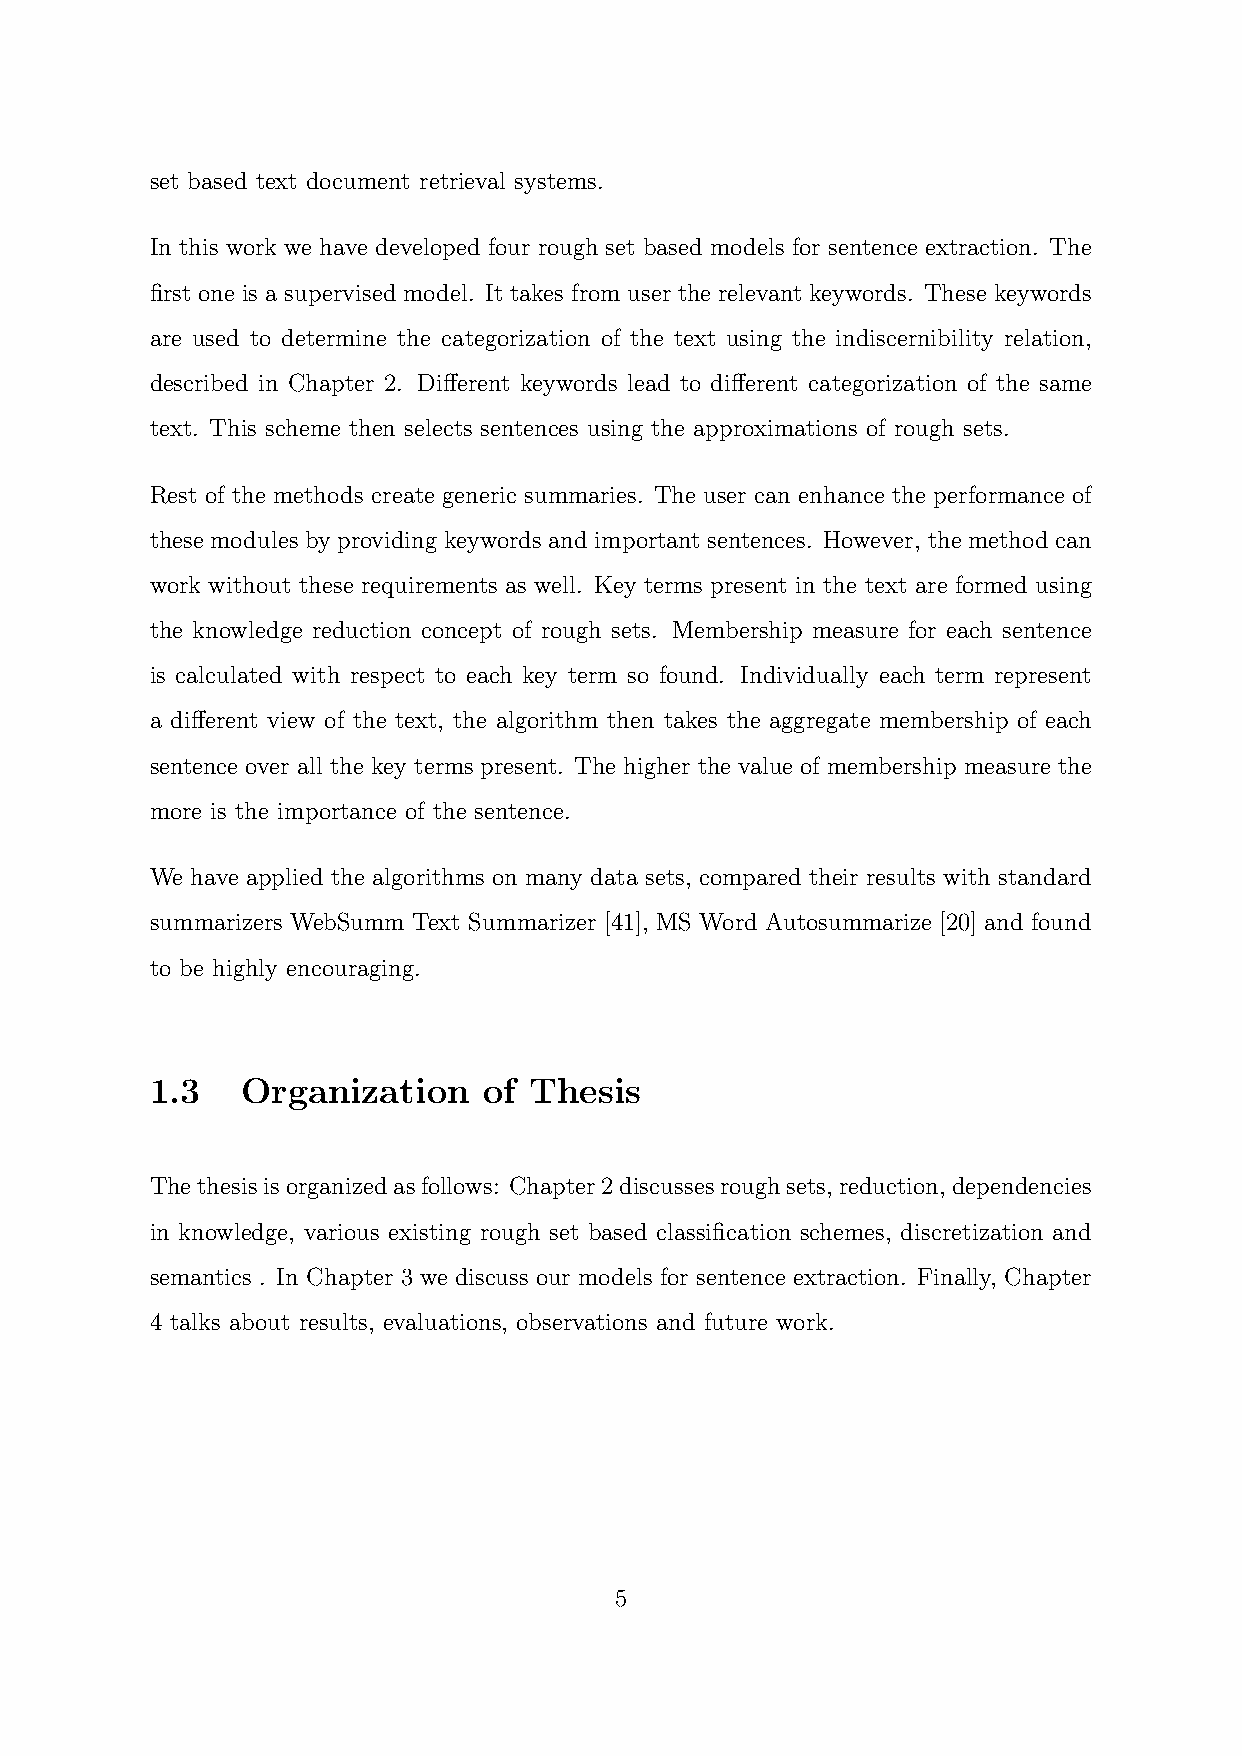
set based text document retrieval systems.
 In this work we have developed four rough set based models for sentence extraction. The
 first one is a supervised model. It takes from user the relevant keywords. These keywords
 are used to determine the categorization of the text using the indiscernibility relation,
 described in Chapter 2. Different keywords lead to different categorization of the same
 text. This scheme then selects sentences using the approximations of rough sets.
 Rest of the methods create generic summaries. The user can enhance the performance of
 these modules by providing keywords and important sentences. However, the method can
 work without these requirements as well. Key terms present in the text are formed using
 the knowledge reduction concept of rough sets. Membership measure for each sentence
 is calculated with respect to each key term so found. Individually each term represent
 a different view of the text, the algorithm then takes the aggregate membership of each
 sentence over all the key terms present. The higher the value of membership measure the
 more is the importance of the sentence.
 We have applied the algorithms on many data sets, compared their results with standard
 summarizers WebSumm Text Summarizer [41], MS Word Autosummarize [20] and found
 to be highly encouraging.
 1.3   Organization    of Thesis
 Thethesisisorganizedasfollows: Chapter2discussesroughsets, reduction, dependencies
 in knowledge, various existing rough set based classification schemes, discretization and
 semantics . In Chapter 3 we discuss our models for sentence extraction. Finally, Chapter
 4 talks about results, evaluations, observations and future work.
 5